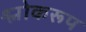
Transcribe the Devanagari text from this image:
श्लोकरूप